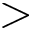
>